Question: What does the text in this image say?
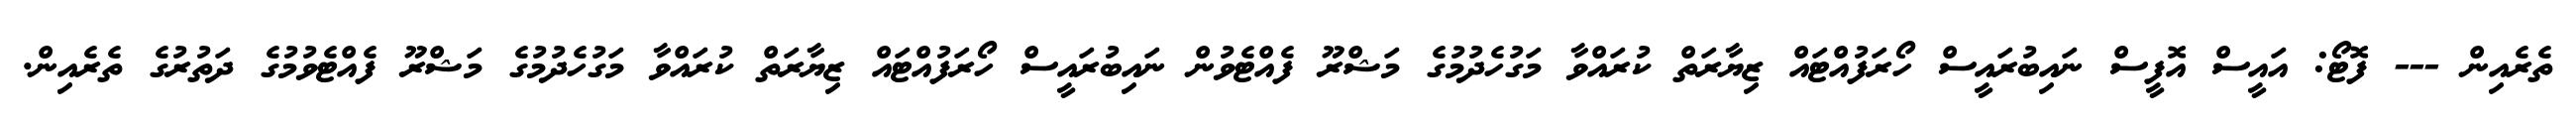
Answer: ތެރެއިން --- ފޮޓޯ: އައީސް އޮފީސް ނައިބުރައީސް ހޯރަފުއްޓައް ޒިޔާރަތް ކުރައްވާ މަގުހެދުމުގެ މަޝްރޫ ފެއްޓެވުން ނައިބުރައީސް ހޯރަފުއްޓައް ޒިޔާރަތް ކުރައްވާ މަގުހެދުމުގެ މަޝްރޫ ފެއްޓެވުމުގެ ދަތުރުގެ ތެރެއިން.